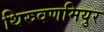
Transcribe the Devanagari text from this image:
थिरुवणमियुर